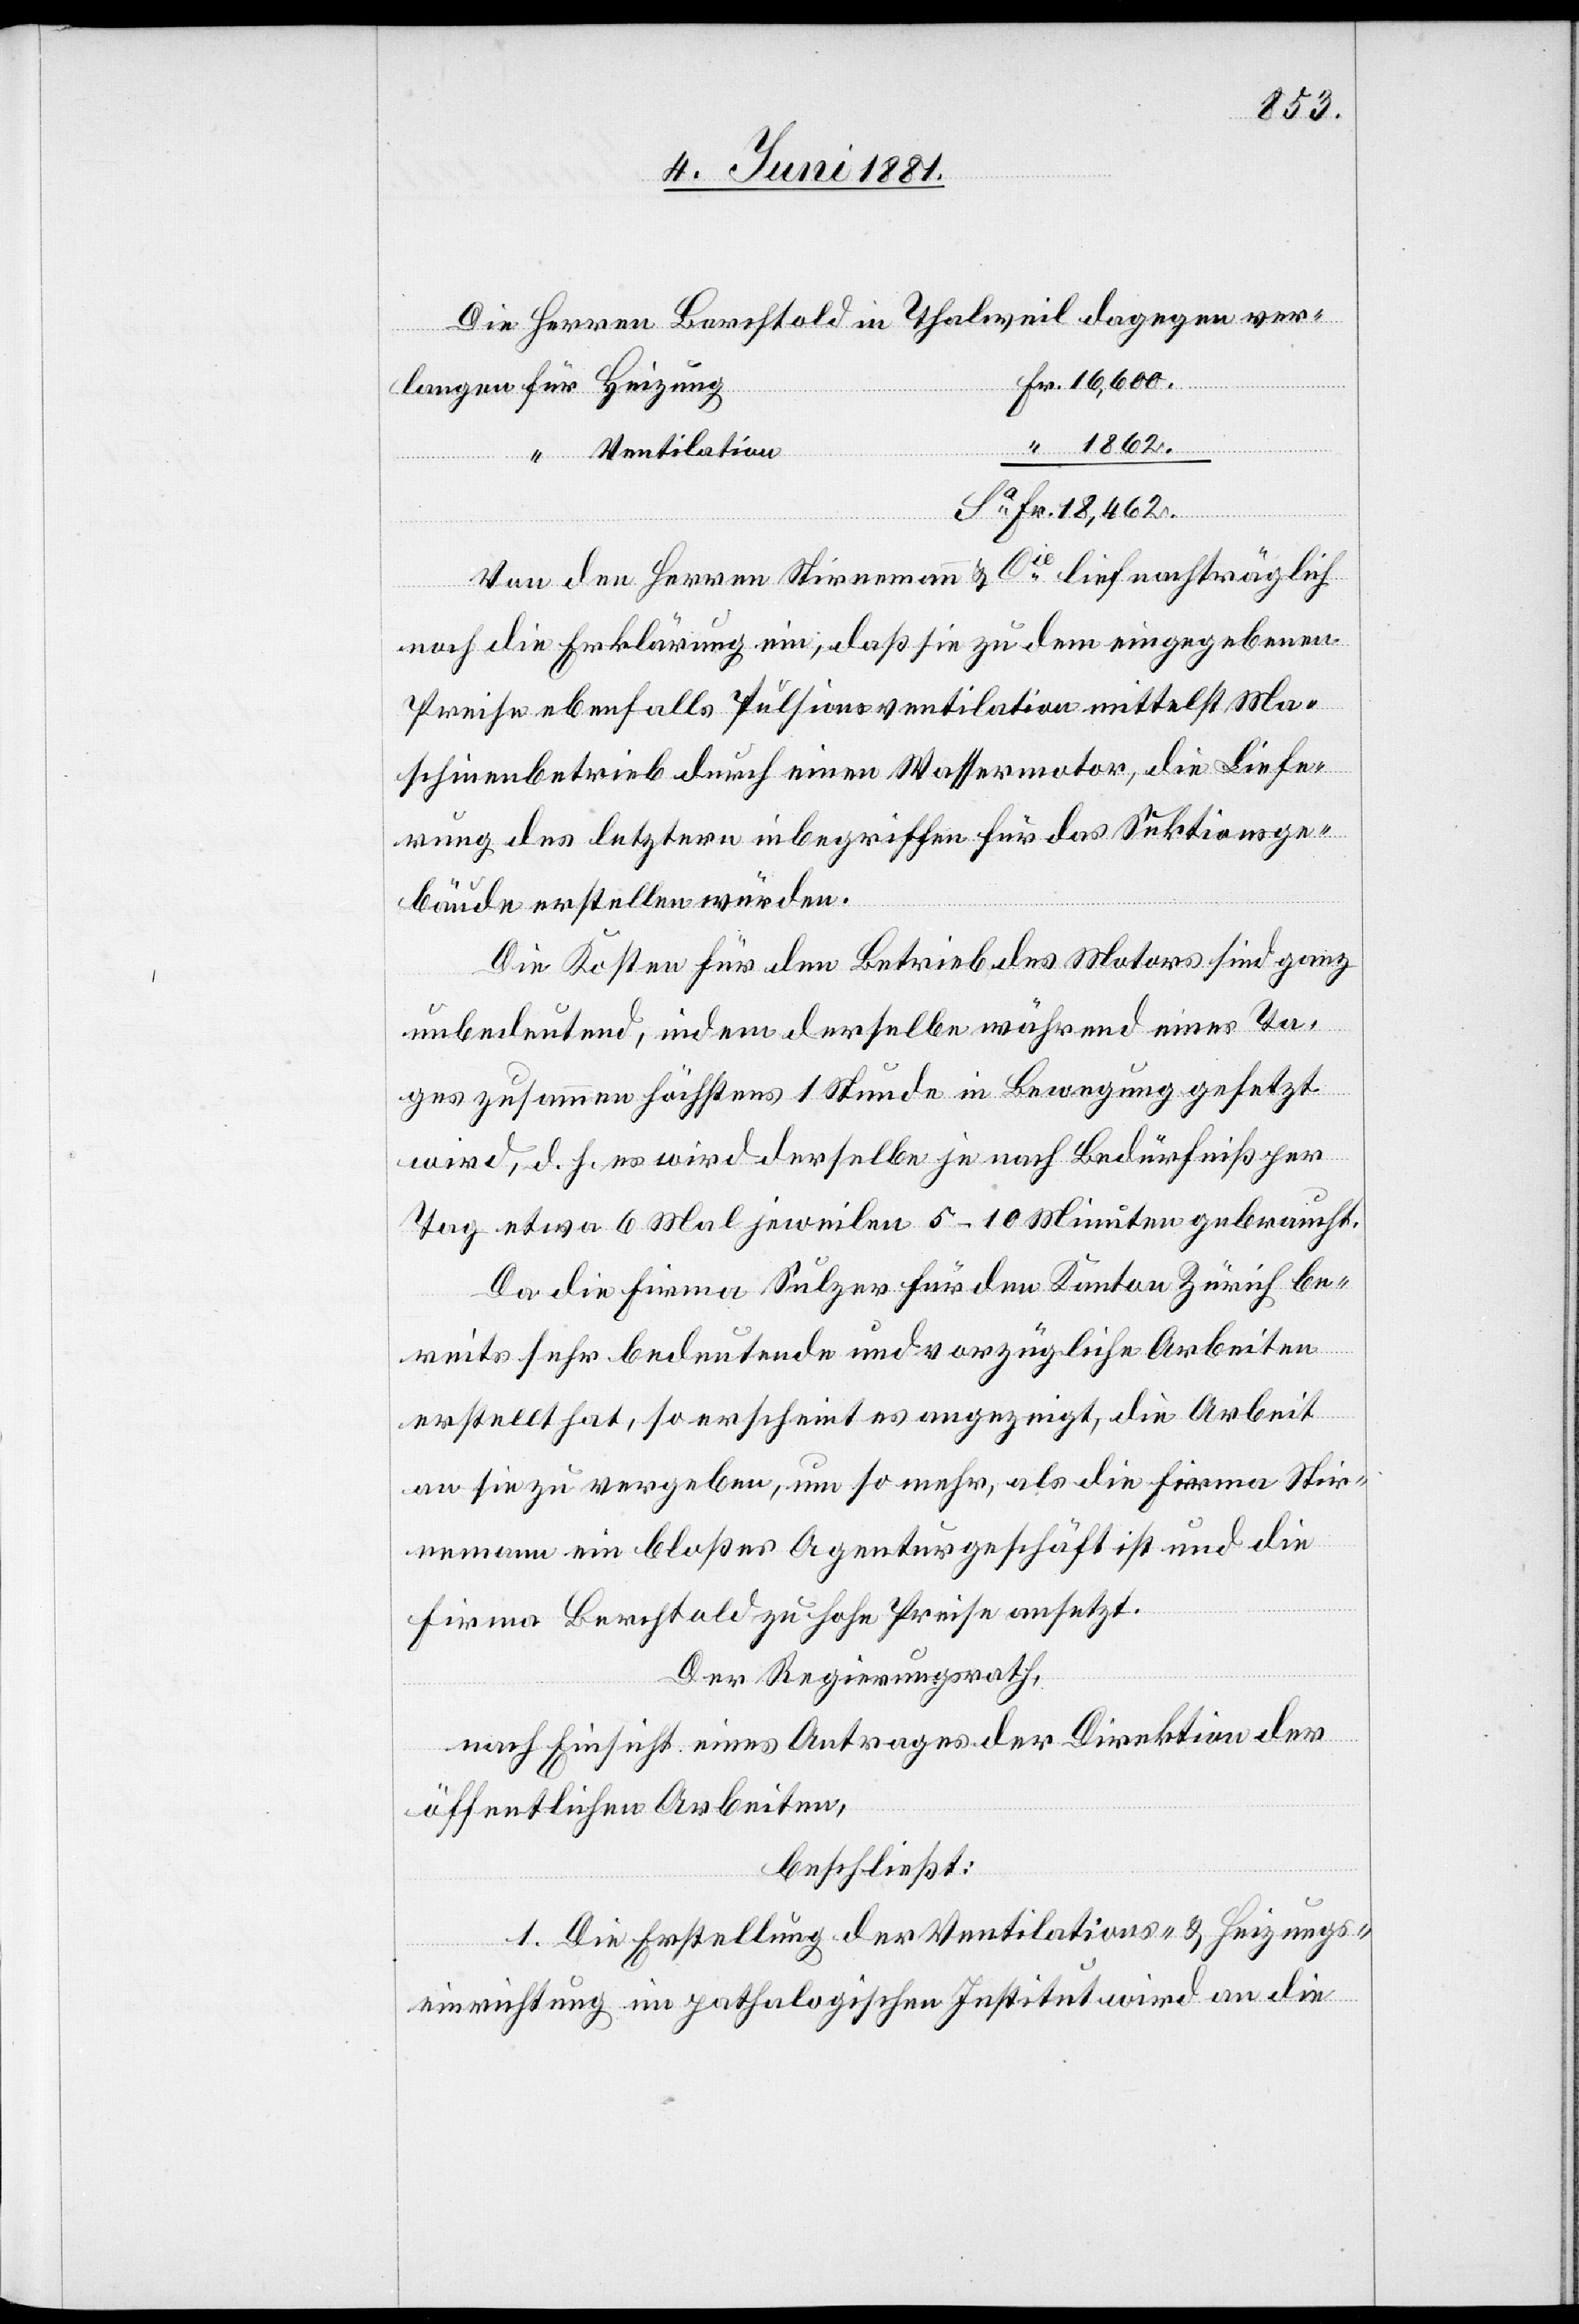
1862.
Die Herren Berchtold in Thalweil dagegen ver¬
Fr.
Ventilation
“
Von den Herren Stirnemann & Cie lief nachträglich
noch die Erklärung ein, daß sie zu dem eingegebenen
Preise ebenfalls Pulsionsventilation mittelst Ma¬
schinenbetrieb durch einen Wassermotor, die Liefe¬
rung des letztern inbegriffen für das Sektionsge¬
bäude erstellen würden.
Die Kosten für den Betreibe des Motors sind ganz
unbedeutend, indem derselbe während eines Ta¬
ges zusammen höchstens 1 Stunde in Bewegung gesetzt
wird, d. h. es wird derselbe je nach Bedürfniß per
Tag etwa 6 Mal jeweilen 5–10 Minuten gebraucht.
Da die Firma Sulzer für den Kanton Zürich be¬
ung
reits sehr bedeutende und vorzügliche Arbeiten
erstellt hat, so erscheint es angezeigt, die Arbeit
an sie zu vergeben, um so mehr, als die Firma Stir¬
nemann ein bloßes Agenturgeschäft ist und die
Firma Berchtold zu hohe Preise ansetzt.
Der Regierungsrath,
nach Einsicht eines Antrages der Direktion der
öffentlichen Arbeiten,
beschließt:
1. Die Erstellung der Ventilations- & Heizungs¬
einrichtungen im pathologischen Institut wird an die